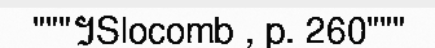
"""។Slocomb , p. 260"""